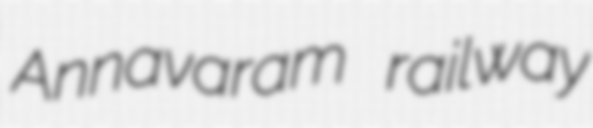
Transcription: Annavaram railway